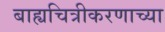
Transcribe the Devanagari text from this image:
बाह्यचित्रीकरणाच्या